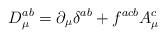
LaTeX: \begin{align*}D_{\mu}^{ab} = \partial_{\mu} \delta^{ab} + f^{acb} A_{\mu}^{c}\end{align*}